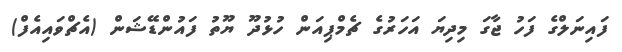
ފައިނަލްގެ ފަހު ޖާގަ މިދިޔަ އަހަރުގެ ޗެމްޕިއަން ހުޅުދޫ ޔޫތު ފައުންޑޭޝަން (އެޗްވައިއެފް)